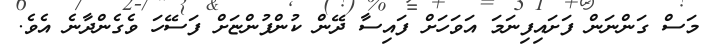
މަސް ގަންނަން ފަށައިފިނަމަ އަވަހަށް ފައިސާ ދޭން ކުންފުންޏަށް ފަސޭހަ ވެގެންދާނެ އެވެ.